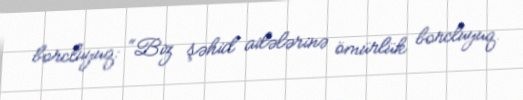
borcluyuq: “Biz şəhid ailələrinə ömürlük borcluyuq.